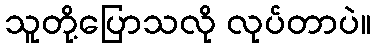
သူတို့ပြောသလို လုပ်တာပဲ။